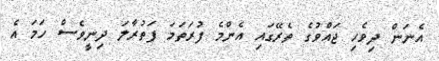
އެނަން ދިވެހި ޖައްވުގެ ތެރޭގައި އެންމެ ފުރަތަމަ ފަތުރާލަ ދިނީވެސް ހަމަ އެ